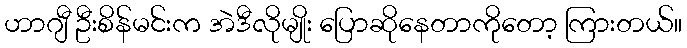
ဟာဂျီ ဦးစိန်မင်းက အဲဒီလိုမျိုး ပြောဆိုနေတာကိုတော့ ကြားတယ်။